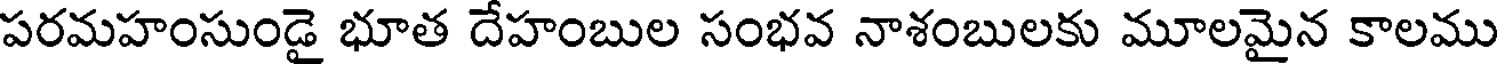
పరమహంసుండై భూత దేహంబుల సంభవ నాశంబులకు మూలమైన కాలము